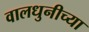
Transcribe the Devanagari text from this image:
वालधुनीच्या